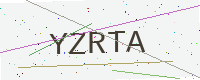
Text: YZRTA